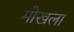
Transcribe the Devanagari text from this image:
मोखला